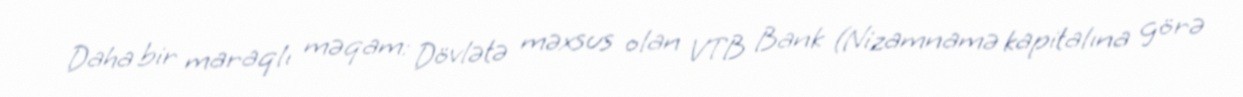
Daha bir maraqlı məqam: Dövlətə məxsus olan VTB Bank (Nizamnamə kapitalına görə